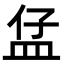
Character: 𥁙